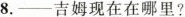
8.-吉姆现在在哪里?